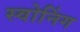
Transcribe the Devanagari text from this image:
स्वोनिंग